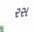
રસ